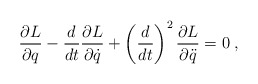
\begin{align*}{\partial L \over \partial q} - {d \over d t} {\partial L \over \partial \dot{q}} + \left({d \over d t}\right)^2 {\partial L \over \partial \ddot{q}}= 0 \; , \end{align*}